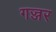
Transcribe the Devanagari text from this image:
गज्जर